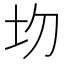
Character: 𡉍